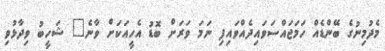
މެދުމިނުގެ ބޭންޑެއް ހަމަޖައްސަވައިދެއްވައިފި ނަމަ ވަރަށް ބޮޑު އެހީއަކަށް ވާނެ" ޝަހީބު ވިދާޅުވި